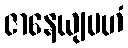
ဇာနေယျမဟံ